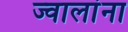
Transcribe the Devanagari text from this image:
ज्वालांना